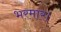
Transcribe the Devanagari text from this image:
भरमार।